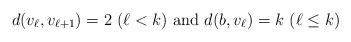
LaTeX: \begin{align*}d(v_\ell,v_{\ell+1})&=2 \mbox{ $(\ell<k)$} \mbox{ and } d(b,v_\ell)=k \mbox{ $(\ell \leq k)$}\end{align*}